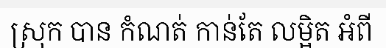
ស្រុក បាន កំណត់ កាន់តែ លម្អិត អំពី